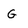
Character: G